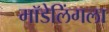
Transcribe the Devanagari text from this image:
मॉडेलिंगला